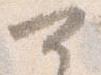
可